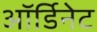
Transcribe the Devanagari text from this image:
ऑर्डिनेट